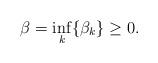
LaTeX: \begin{align*}\beta = \displaystyle\inf_{k} \{ \beta_k \} \ge 0.\end{align*}